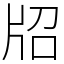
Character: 牊